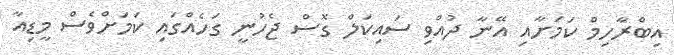
އިބްރާހިމް ކަމަށާއި އޭނާ ދުއްވި ސައިކަލް ގޮސް ޖެހުނީ ގަހެއްގައި ކަމަށްވެސް މީޑިއާ